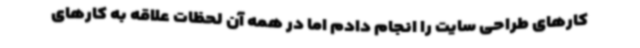
کارهای طراحی سایت را انجام ‌دادم اما در همه آن لحظات علاقه به کارهای